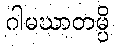
ဂါမဃာတမ္ပိ